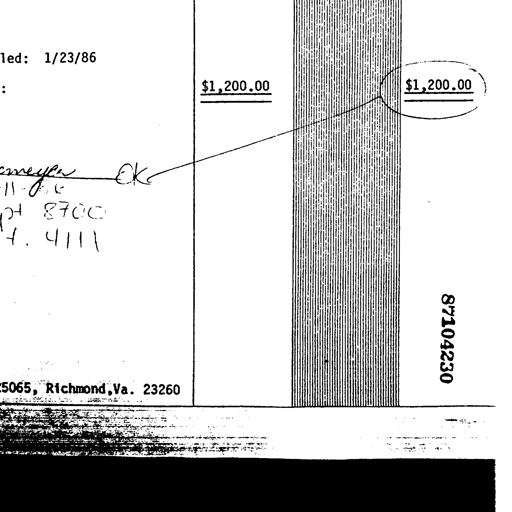
led: 1/23/86
$1,200.00
$1,200.00
meyer OK
11-06
pt 8700
7. 4111
87104230
5065, Richmond, Va. 23260